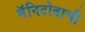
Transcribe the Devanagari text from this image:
मॅनिटोबाची